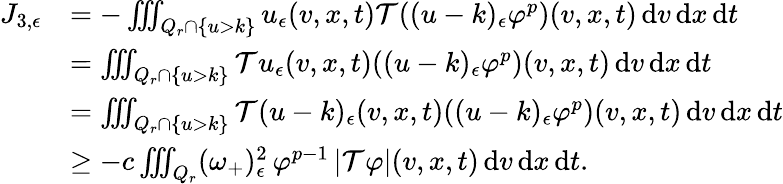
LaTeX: \begin{array}{rl}{J_{3,\epsilon}}&{=-\iiint_{Q_{r}\cap\{ u>k\} }u_{\epsilon}(v,x,t)\mathcal{T}((u-k)_{\epsilon}\varphi^{p})(v,x,t)\, \mathrm{d}v\, \mathrm{d}x\, \mathrm{d}t}\\ &{=\iiint_{Q_{r}\cap\{ u>k\} }\mathcal{T}u_{\epsilon}(v,x,t)((u-k)_{\epsilon}\varphi^{p})(v,x,t)\, \mathrm{d}v\, \mathrm{d}x\, \mathrm{d}t}\\ &{=\iiint_{Q_{r}\cap\{ u>k\} }\mathcal{T}(u-k)_{\epsilon}(v,x,t)((u-k)_{\epsilon}\varphi^{p})(v,x,t)\, \mathrm{d}v\, \mathrm{d}x\, \mathrm{d}t}\\ &{\geq-c\iiint_{Q_{r}}(\omega_{+})_{\epsilon}^{2}\, \varphi^{p-1}\, \lvert\mathcal{T}\varphi\rvert(v,x,t)\, \mathrm{d}v\, \mathrm{d}x\, \mathrm{d}t.}\end{array}